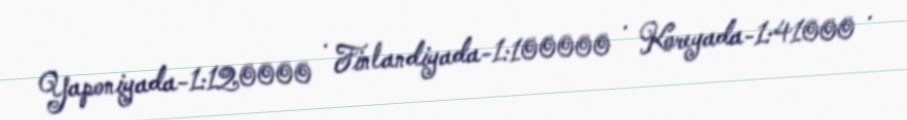
Yaponiyada-1:120000 · Finlandiyada-1:100000 · Koreyada-1:41000 ·